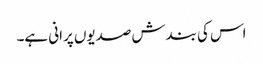
اس کی بندش صدیوں پرانی ہے۔